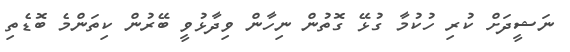
ނަޝީދަށް ކުރި ހުކުމާ ގުޅޭ ގޮތުން ނިހާން ވިދާޅުވީ ބޭރުން ކިތަންމެ ބޮޑެތި